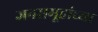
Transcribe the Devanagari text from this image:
जनसमूहांच्या